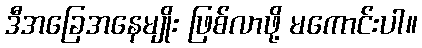
ဒီအခြေအနေမျိုး ဖြစ်လာဖို့ မကောင်းပါ။